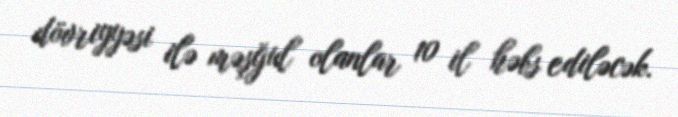
dövriyyəsi ilə məşğul olanlar 10 il həbs ediləcək.